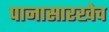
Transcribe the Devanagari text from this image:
पानासारखेच